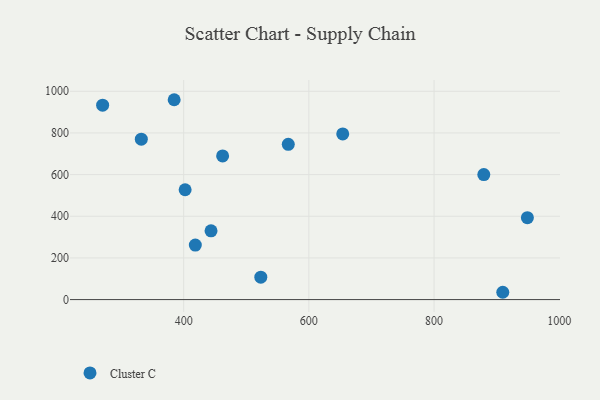
{"axis": {"x": "Investment", "y": "Fuel Efficiency"}, "legend": ["Cluster C"], "data": [{"x": "523.2", "y": 107.5, "type": "Cluster C"}, {"x": "332.3", "y": 770.1, "type": "Cluster C"}, {"x": "567.1", "y": 745.2, "type": "Cluster C"}, {"x": "270.5", "y": 933.2, "type": "Cluster C"}, {"x": "402.3", "y": 527.2, "type": "Cluster C"}, {"x": "384.8", "y": 959.4, "type": "Cluster C"}, {"x": "879.5", "y": 600.2, "type": "Cluster C"}, {"x": "443.7", "y": 330.2, "type": "Cluster C"}, {"x": "654.1", "y": 795.0, "type": "Cluster C"}, {"x": "949.1", "y": 393.2, "type": "Cluster C"}, {"x": "909.8", "y": 35.1, "type": "Cluster C"}, {"x": "462.2", "y": 689.7, "type": "Cluster C"}, {"x": "418.6", "y": 261.6, "type": "Cluster C"}]}